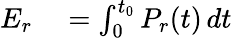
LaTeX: \begin{array}{rl}{E_{r}}&{{}=\int_{0}^{t_{0}}P_{r}(t)\, dt}\end{array}